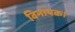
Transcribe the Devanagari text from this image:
विनायक।